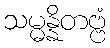
သမ္မန္နိတဗ္ဗံ